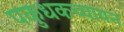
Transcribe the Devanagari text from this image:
पकुधकच्चायन